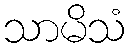
သာမိသံ